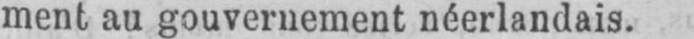
ment au gouvernement néerlandais.